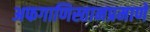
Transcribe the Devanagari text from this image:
अफगाणिस्तानप्रमाणे